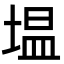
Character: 塭